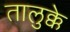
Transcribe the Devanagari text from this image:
तालुक्के